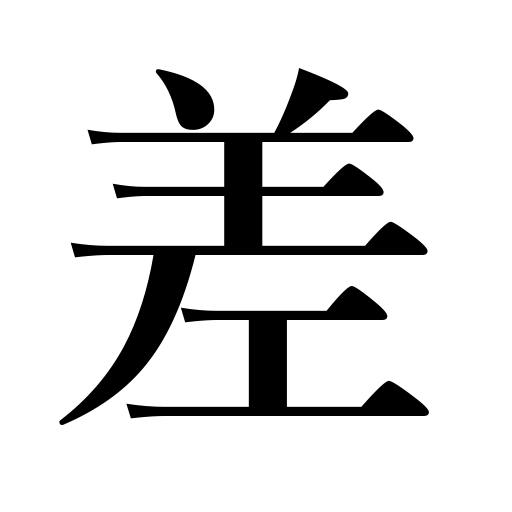
Meanings: build a hut,the sun shines,appear on the surface,margin,raise the hands,carry on the shoulder,stretch out the hands in dancing,variation,discrepancy,graft trees,stretch a rope,carry in the belt,lift up,difference,remainder in subtraction,put up an umbrella,offer,balance